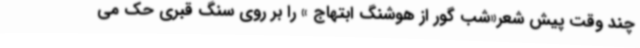
چند وقت پیش شعر«شب گور از هوشنگ ابتهاج » را بر روی سنگ قبری حک می